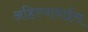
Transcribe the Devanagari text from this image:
अहिल्याबाईंस